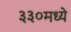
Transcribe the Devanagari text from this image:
३३०मध्ये